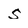
Character: s